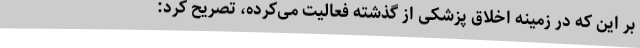
بر این که در زمینه اخلاق پزشکی از گذشته فعالیت می‌کرده، تصریح کرد: